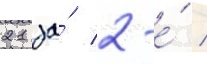
21 за́ 2-е́ /